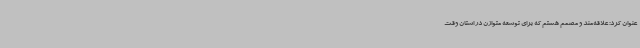
عنوان کرد: علاقه‌مند و مصمم هستم که برای توسعه متوازن در استان وقت